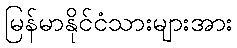
မြန်မာနိုင်ငံသားများအား